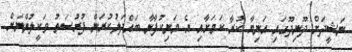
ނަޝީދަށް ދޫނިދޫގައި އަނިޔާ ކުރާ ކަމަށާއި އެ މަނިކުފާނާ ބައްދަލުކުރަން ފުރުސަތު ވަކީލުންނަށް